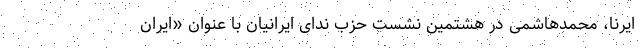
ایرنا، محمدهاشمی در هشتمین نشست حزب ندای ایرانیان با عنوان «ایران